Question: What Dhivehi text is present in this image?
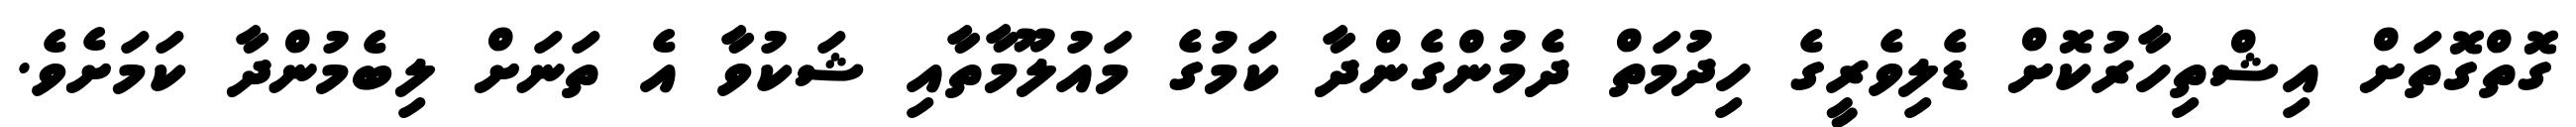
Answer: ގޮތްގޮތަށް އިޝްތިހާރުކޮށް ޑެލިވެރީގެ ހިދުމަތް ދެމުންގެންދާ ކަމުގެ މައުލޫމާތާއި ޝަކުވާ އެ ތަނަށް ލިބެމުންދާ ކަމަށެވެ.